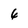
Character: 6